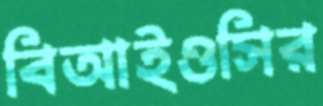
বিআইওসির